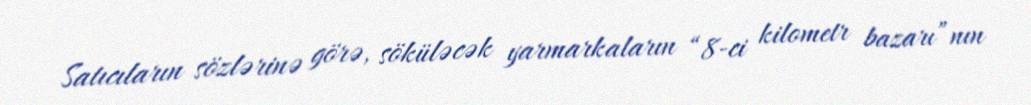
Satıcıların sözlərinə görə, söküləcək yarmarkaların “8-ci kilometr bazarı”nın